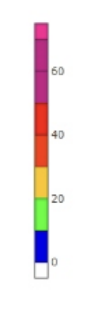
Blue: 0 to 10
Green: 10 to 20
Yellow: 20 to 30
Orange: 30 to 40
Red: 40 to 50
Magenta: 50 to 70
Pink: 70 to 75